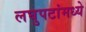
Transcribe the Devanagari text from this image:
लघुपटांमध्ये